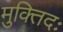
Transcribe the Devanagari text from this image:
मुक्तिदः